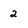
Character: 2